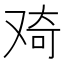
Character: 𠭑